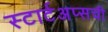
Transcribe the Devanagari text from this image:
स्टार्टअप्सची